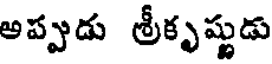
అప్పుడు శ్రీకృష్ణుడు